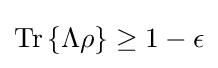
{\text{Tr}}\left\{\Lambda \rho \right\}\geq 1-\epsilon